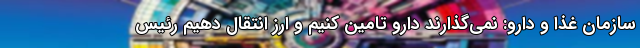
سازمان غذا و دارو: نمی‌گذارند دارو تامین کنیم و ارز انتقال دهیم رئیس